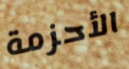
الأحزمة